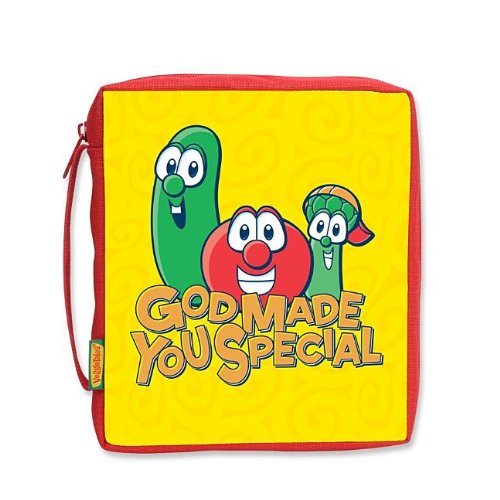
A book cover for God Made You Special Fabric Medium Bible Cover (VeggieTales); Christian Books & Bibles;